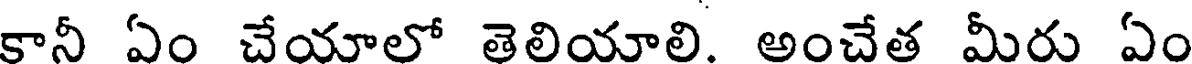
కానీ ఏం చేయాలో తెలియాలి అంచేత మీరు ఏం